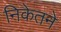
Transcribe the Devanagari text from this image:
निकेतने